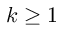
k \geq 1